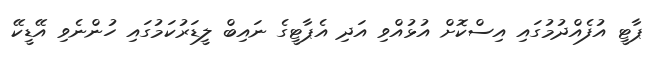
ޕާޓީ އުފެއްދުމުގައި އިސްކޮށް އުޅުއްވި އަދި އެޕާޓީގެ ނައިބް ލީޑަރުކަމުގައި ހުންނެވި އޭޑީކޭ